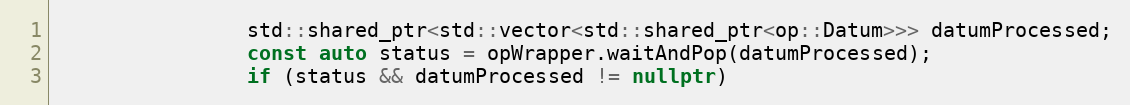
Language: C++
                std::shared_ptr<std::vector<std::shared_ptr<op::Datum>>> datumProcessed;
                const auto status = opWrapper.waitAndPop(datumProcessed);
                if (status && datumProcessed != nullptr)